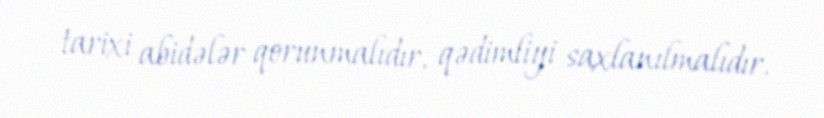
tarixi abidələr qorunmalıdır, qədimliyi saxlanılmalıdır.